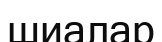
шиалар